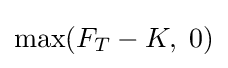
\max(F_{T}-K,\;0)